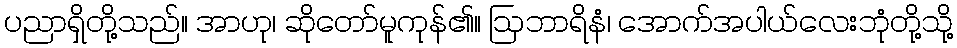
ပညာရှိတို့သည်။ အာဟု၊ ဆိုတော်မူကုန်၏။ ဩဘာရိနံ၊ အောက်အပါယ်လေးဘုံတို့သို့